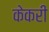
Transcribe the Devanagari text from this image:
केकरी